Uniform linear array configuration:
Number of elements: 8
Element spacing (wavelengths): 0.75
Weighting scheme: hann
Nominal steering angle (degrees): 15
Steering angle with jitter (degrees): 15.358
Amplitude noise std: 0.05
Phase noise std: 0.05

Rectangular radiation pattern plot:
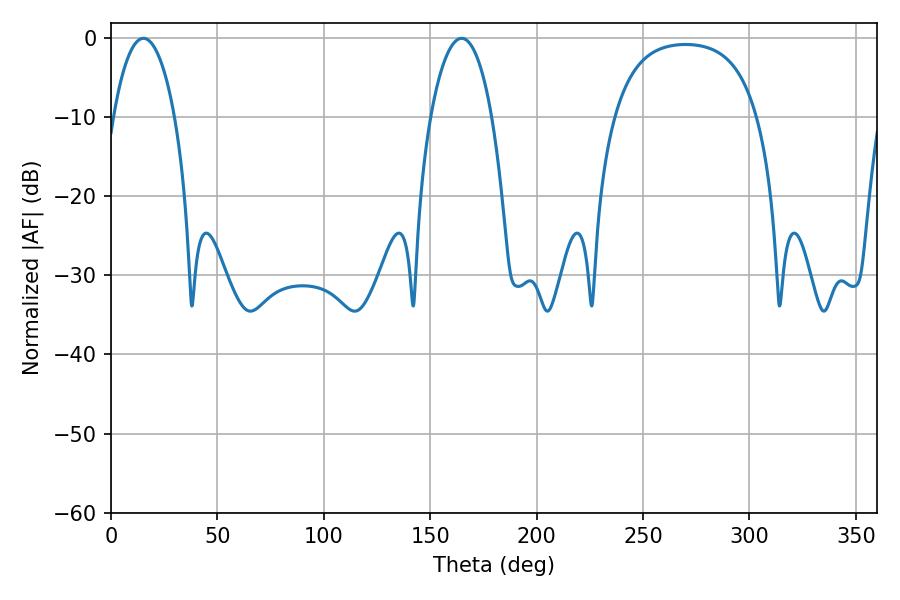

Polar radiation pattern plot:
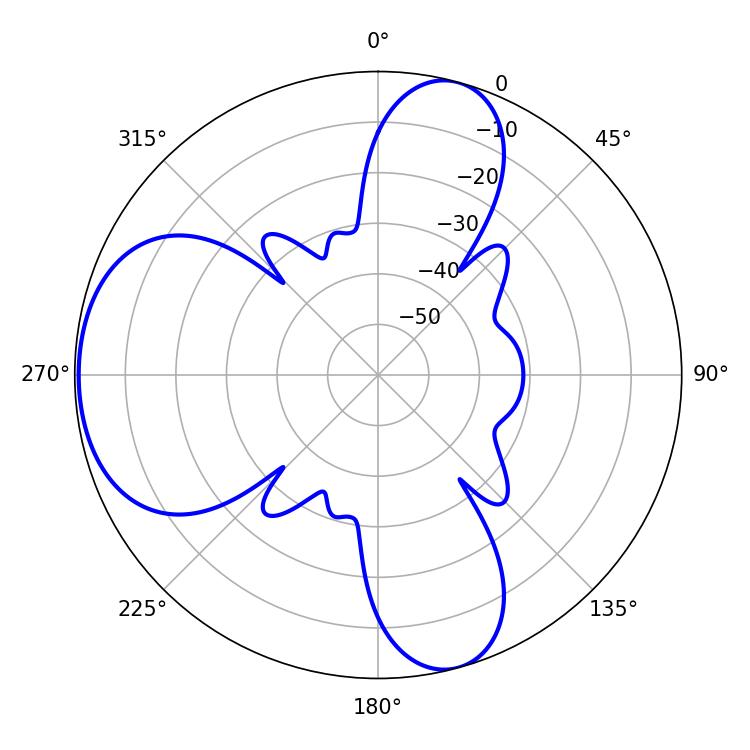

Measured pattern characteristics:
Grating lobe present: TRUE
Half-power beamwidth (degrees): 16.2
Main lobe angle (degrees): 15.3